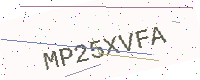
Text: MP25XVFA